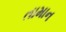
તામાન